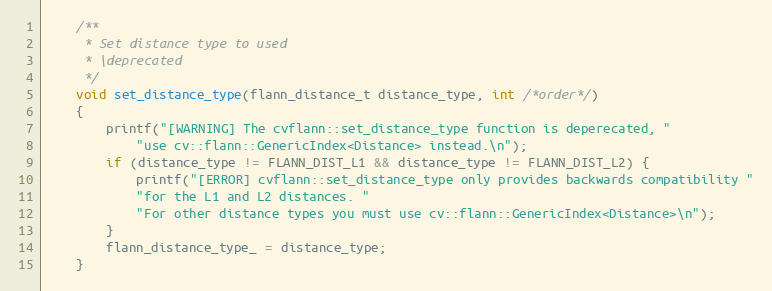
Language: C++
    /**
     * Set distance type to used
     * \deprecated
     */
    void set_distance_type(flann_distance_t distance_type, int /*order*/)
    {
        printf("[WARNING] The cvflann::set_distance_type function is deperecated, "
            "use cv::flann::GenericIndex<Distance> instead.\n");
        if (distance_type != FLANN_DIST_L1 && distance_type != FLANN_DIST_L2) {
            printf("[ERROR] cvflann::set_distance_type only provides backwards compatibility "
            "for the L1 and L2 distances. "
            "For other distance types you must use cv::flann::GenericIndex<Distance>\n");
        }
        flann_distance_type_ = distance_type;
    }